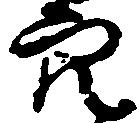
穴